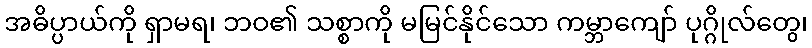
အဓိပ္ပာယ်ကို ရှာမရ၊ ဘဝ၏ သစ္စာကို မမြင်နိုင်သော ကမ္ဘာကျော် ပုဂ္ဂိုလ်တွေ၊